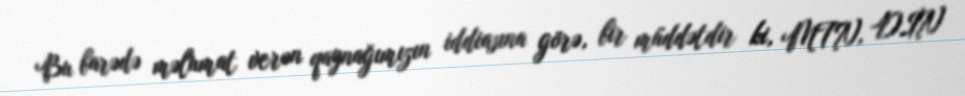
Bu barədə məlumat verən qaynağımızın iddiasına görə, bir müddətdir ki, MTN, DİN